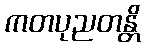
ကတပုညတန္တိ